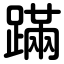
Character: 蹣